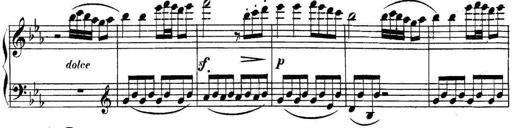
Title: Collected Piano Sonatas
Composer: Muzio Clementi